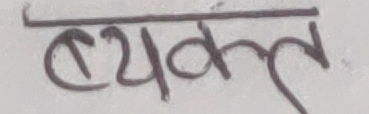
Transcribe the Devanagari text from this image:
व्यक्त